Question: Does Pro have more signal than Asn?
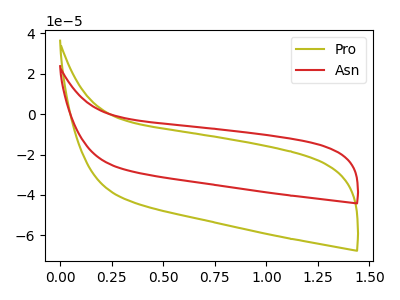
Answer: <think>The olive curve "Pro" has no peaks. The red curve "Asn" has no peaks.
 Neither "Pro" or "Asn" have any peaks.</think>
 <answer>I cant tell if "Pro" or "Asn" has more signal.</answer>
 <eval>mixed_signal</eval>